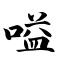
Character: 嗌